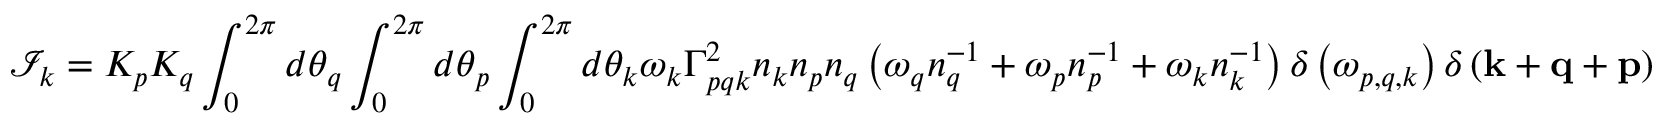
\mathcal { I } _ { k } = K _ { p } K _ { q } \int _ { 0 } ^ { 2 \pi } d \theta _ { q } \int _ { 0 } ^ { 2 \pi } d \theta _ { p } \int _ { 0 } ^ { 2 \pi } d \theta _ { k } \omega _ { k } \Gamma _ { p q k } ^ { 2 } n _ { k } n _ { p } n _ { q } \left( \omega _ { q } n _ { q } ^ { - 1 } + \omega _ { p } n _ { p } ^ { - 1 } + \omega _ { k } n _ { k } ^ { - 1 } \right) \delta \left( \omega _ { p , q , k } \right) \delta \left( \mathbf { k } + \mathbf { q } + \mathbf { p } \right)